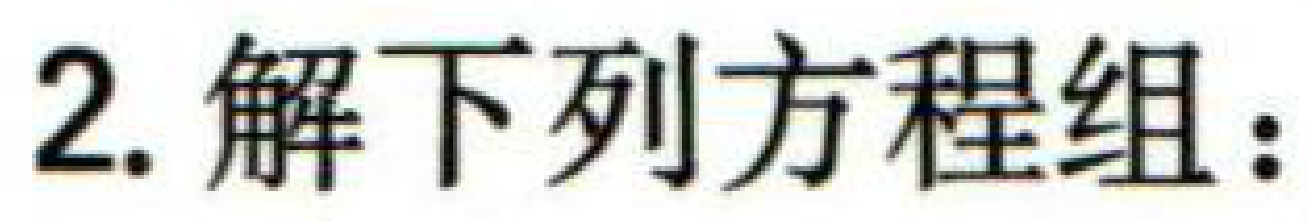
2. 解下列方程组：